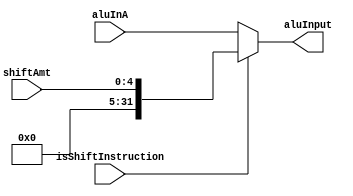
`timescale 1ns / 1ps
////////////////////////////////////////////////////////////////////////////////
// Module Name: Arithmetic Logic Unit Shift Multiplexer
// Instruction Stage: Execution
//
// Description: This multiplexer enables shift instructions (sll, srl, sra) by
//              selecting between the shift amount portion of the immediate
//              field, and the input register.
////////////////////////////////////////////////////////////////////////////////


module ALUShiftMux(
    // Inputs
    input isShiftInstruction,
    input [4:0] shiftAmt,
    input [31:0] aluInA,
    // Outputs
    output reg [31:0] aluInput
    );

    always @(*) begin
        if (isShiftInstruction) aluInput = {{27{1'b0}}, shiftAmt};
        else aluInput = aluInA;
    end
endmodule